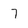
Character: 7